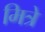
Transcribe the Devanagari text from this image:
मित्रे